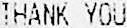
THANK YOU